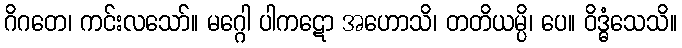
ဂိဂတေ၊ ကင်းလသော်။ မဂ္ဂေါ ပါကဋော အဟောသိ၊ တတိယမ္ပိ၊ ပေ။ ဝိဒ္ဓံသေသိ။